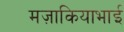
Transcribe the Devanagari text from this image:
मज़ाकियाभाई